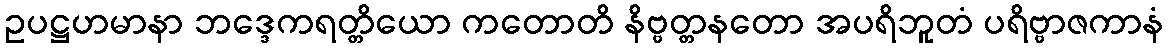
ဥပဋ္ဌဟမာနာ ဘဒ္ဒေကရတ္တိယော ကတောတိ နိဗ္ဗတ္တနတော အပရိဘူတံ ပရိဗ္ဗာဇကာနံ